Vaccination in Burma 1889-1999 - 1889-1999
Year: 1889
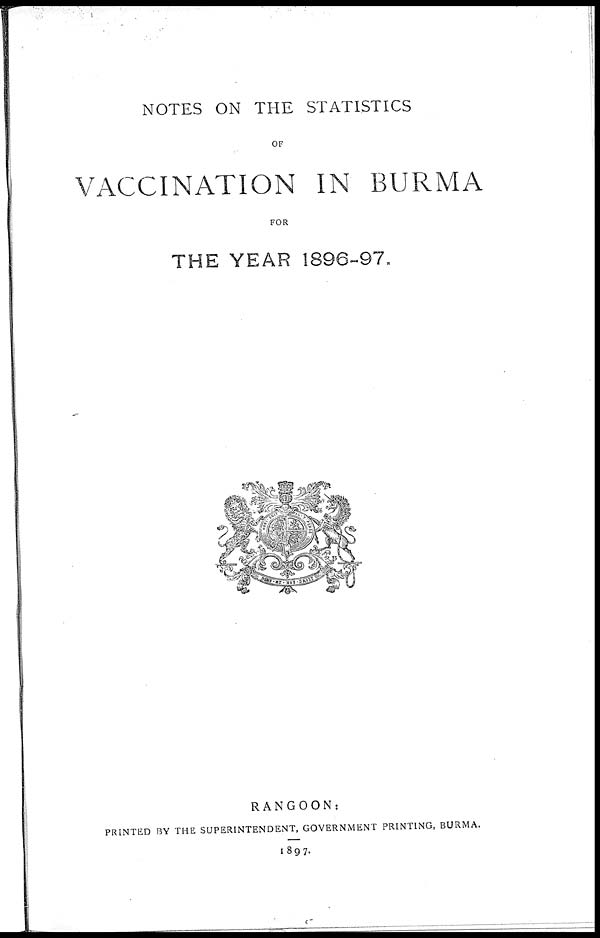
NOTES ON THE STATISTICS
OF
VACCINATION IN BURMA
FOR
THE YEAR 1896-97.
RANGOON:
PRINTED BY THE SUPERINTENDENT, GOVERNMENT PRINTING, BURMA.
1897.